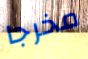
مخرجا